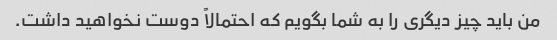
من باید چیز دیگری را به شما بگویم که احتمالاً دوست نخواهید داشت.